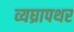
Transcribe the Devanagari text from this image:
व्यघ्रापथर